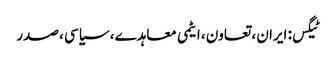
ٹیگس: ایران ، تعاون ، ایٹمی معاہدے ، سیاسی ، صدر